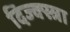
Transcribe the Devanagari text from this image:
दिज्क्स्त्रा